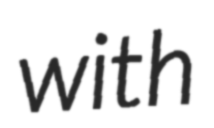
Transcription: with